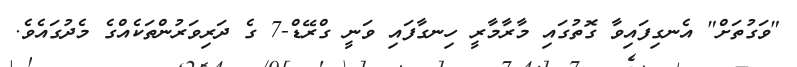
"ވަގުތަށް" އެނގިފައިވާ ގޮތުގައި މާރާމާރީ ހިނގާފައި ވަނީ ގްރޭޑް-7 ގެ ދަރިވަރުންތަކެއްގެ މެދުގައެވެ.